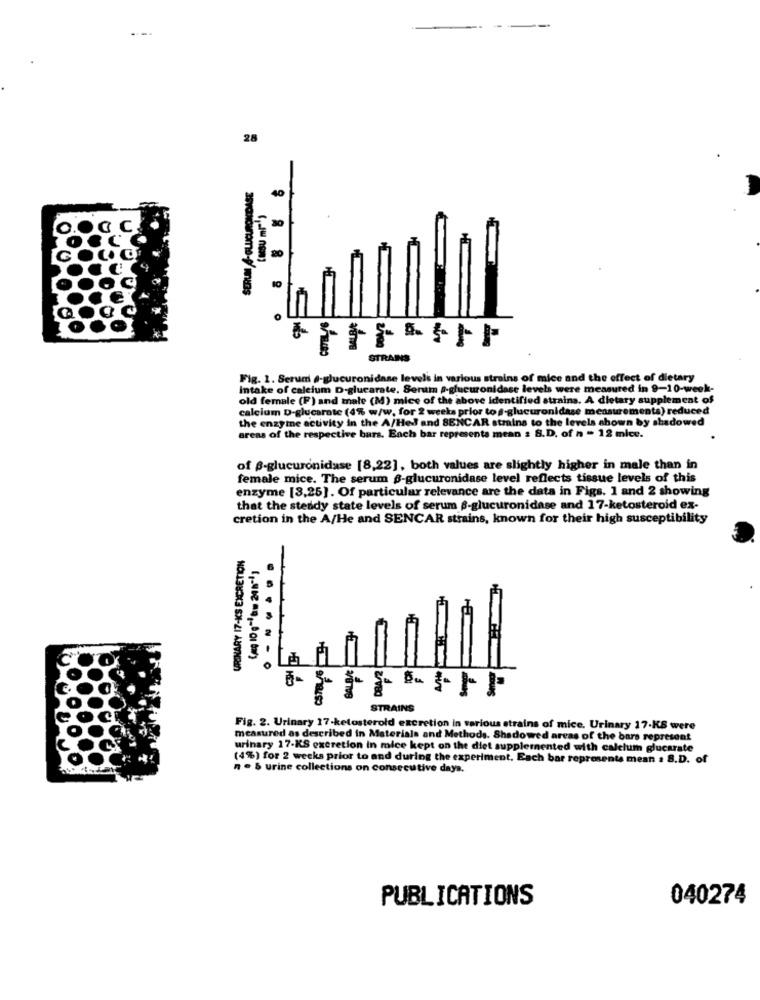
-
---
28
40
F
STRAINS
Fig. 1. Serum e-glucuroni dase levels in various strains of mice and the effect of dietary
Intake of calcium D-glucarate, Senti a-glucuronidase levels were measured in 9-10-week
old female (F) and male (M) mice of the above identified strains. A dietary supplement of
calcium D-glucarate (4% w/w. for 2 weeks prior to s-glucuronidase measurements) reduced
the enzyme activity in the A/Hed and SENCAR strains to the levels shown by shadowed
areas of the respective bars. Each bar represents mean : S.D. of n - 12 mice.
of B-glucuronidase [8,22], both values are slightly higher in male than in
female mice. The serum 6-glucuronidase level reflects tissue levels of this
enzyme [3,25]. Of particular relevance are the data in Figs. 1 and 2 showing
that the steady state levels of serum $-glucuronidase and 17-ketosteroid ex-
cretion in the A/He and SENCAR strains, known for their high susceptibility
URINARY 17-KS EXCRETION
2/780
STRAINS
Fig. 2. Urinary 17-ketosterold excretion in various strains of mice. Urinary 17-KS were
measured as described in Materials and Methods. Shadowed areas of the bars represent
urinary 17-KS excretion in mice kept on the diet supplemented with calelum glucarate
(4%) for 2 weeks prior to and during the experiment. Each bar representa mean a 8.D. of
n . 5 urine collections on consecutive days.
PUBLICATIONS
040274